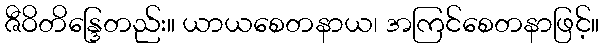
ဇီဝိတိန္ဒြေတည်း။ ယာယစေတနာယ၊ အကြင်စေတနာဖြင့်။